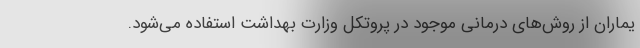
یماران از روش‌های درمانی موجود در پروتکل وزارت بهداشت استفاده می‌شود.